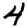
Digit: 4